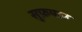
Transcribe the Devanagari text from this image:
सुफ़यान